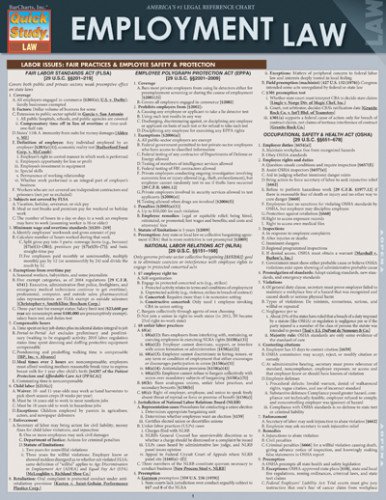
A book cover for Employment Law (Quick Study: Law); Inc. BarCharts; Test Preparation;